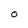
Character: O